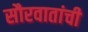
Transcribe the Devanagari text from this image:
सौरवातांची